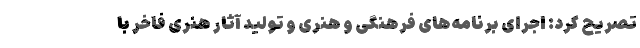
تصریح کرد: اجرای برنامه‌های فرهنگی و هنری و تولید آثار هنری فاخر با